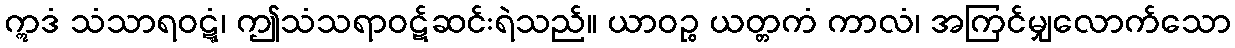
ဣဒံ သံသာရဝဋ္ဋံ၊ ဤသံသရာဝဋ်ဆင်းရဲသည်။ ယာဝဉ္စ ယတ္တကံ ကာလံ၊ အကြင်မျှလောက်သော